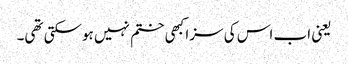
یعنی اب اس کی سزا کبھی ختم نہیں ہوسکتی تھی۔